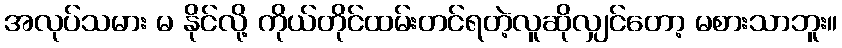
အလုပ်သမား မ နိုင်လို့ ကိုယ်တိုင်ထမ်းတင်ရတဲ့လူဆိုလျှင်တော့ မစားသာဘူး။